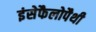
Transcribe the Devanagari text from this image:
इंसेफैलोपैथी